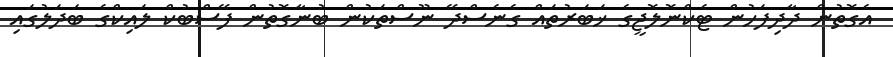
އެގޮތުން ދާދިފަހުން ޓެކްނޮލޮޖީގެ ޚަބަރުތައް ގެނެސްދޭ ނޫސްތަކުން ބުނާގޮތުން ފޭސްބުކް ލައިކްގެ ބަދަލުގައި